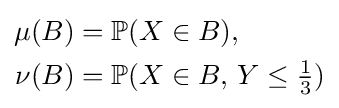
{\begin{aligned}\mu (B)&=\mathbb {P} (X\in B),\\\nu (B)&=\mathbb {P} (X\in B,\,Y\leq {\tfrac {1}{3}})\end{aligned}}